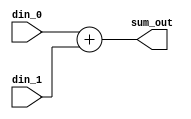
module Adder( input  [31:0] din_0
            , input  [31:0] din_1
            , output [31:0] sum_out
            );

    assign sum_out = din_0 + din_1;

endmodule

module Adder_4( input [31:0] din
              , output [31:0] sum_out
            );

    assign sum_out = din + 4;
    
endmodule